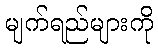
မျက်ရည်များကို